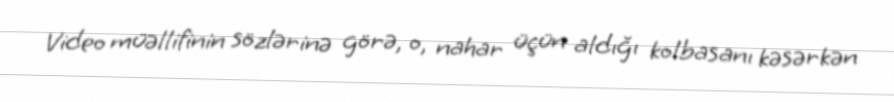
Video müəllifinin sözlərinə görə, o, nahar üçün aldığı kolbasanı kəsərkən